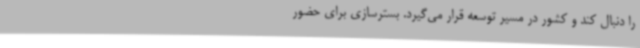
را دنبال کند و کشور در مسیر توسعه قرار می‌گیرد. بسترسازی برای حضور